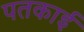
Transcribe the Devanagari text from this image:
पतकाई